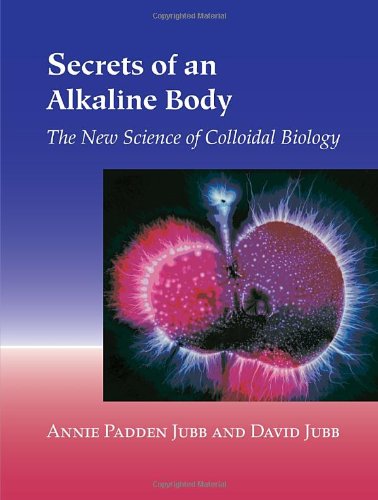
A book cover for Secrets of an Alkaline Body: The New Science of Colloidal Biology; Annie Padden Jubb; Health, Fitness & Dieting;